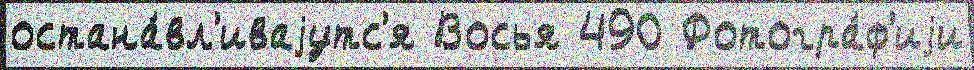
остана́вл'иваjутс'я Восья 490 Фотогра́ф'иjи